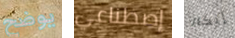
يوضح إصطناعي إنكار